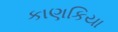
કાણકિયા